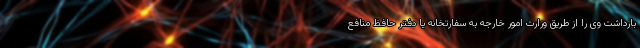
بازداشت وی را از طریق وزارت امور خارجه به سفارتخانه یا دفتر حافظ منافع